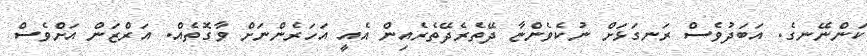
ކަންނޭނގެ. އަބަދުވެސް ރަނގަޅަށް ނުކެވެންޏާ ދޭތެރެދޭތެރެއިން އެއީ އަހަރެންނަށް ވާގޮތެއް. އަރްޒަން އަށްވެސް